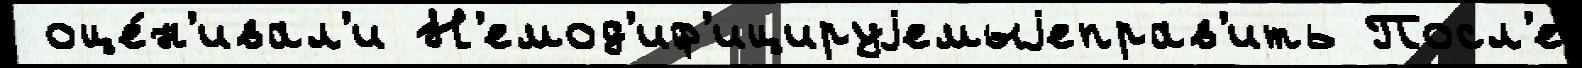
 оце́н'ивал'и Н'емод'иф'ицируjемыjеправ'ить Посл'е